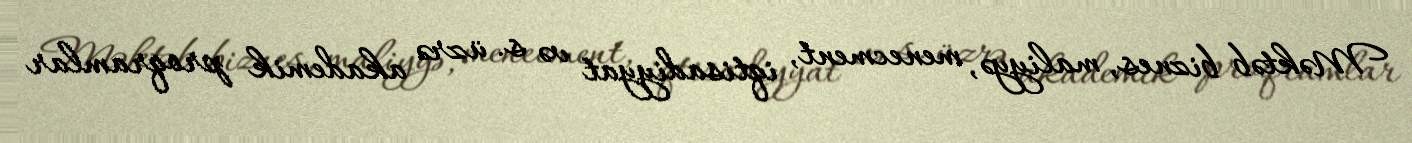
Məktəb biznes, maliyyə, menecment, iqtisadiyyat və s. üzrə akademik proqramlar